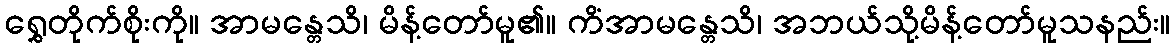
ရွှေတိုက်စိုးကို။ အာမန္တေသိ၊ မိန့်တော်မူ၏။ ကိံအာမန္တေသိ၊ အဘယ်သို့မိန့်တော်မူသနည်း။